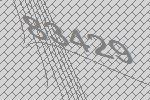
83429